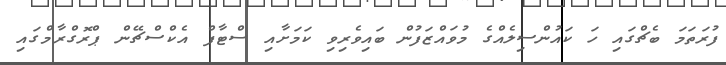
ފުރަތަމަ ބެޗްގައި ހަ ކައުންސިލެއްގެ މުވައްޒަފުން ބައިވެރިވި ކަމަށާއި ސްޓާފް އެކްސްޗޭން ޕްރޮގްރާމްގައި